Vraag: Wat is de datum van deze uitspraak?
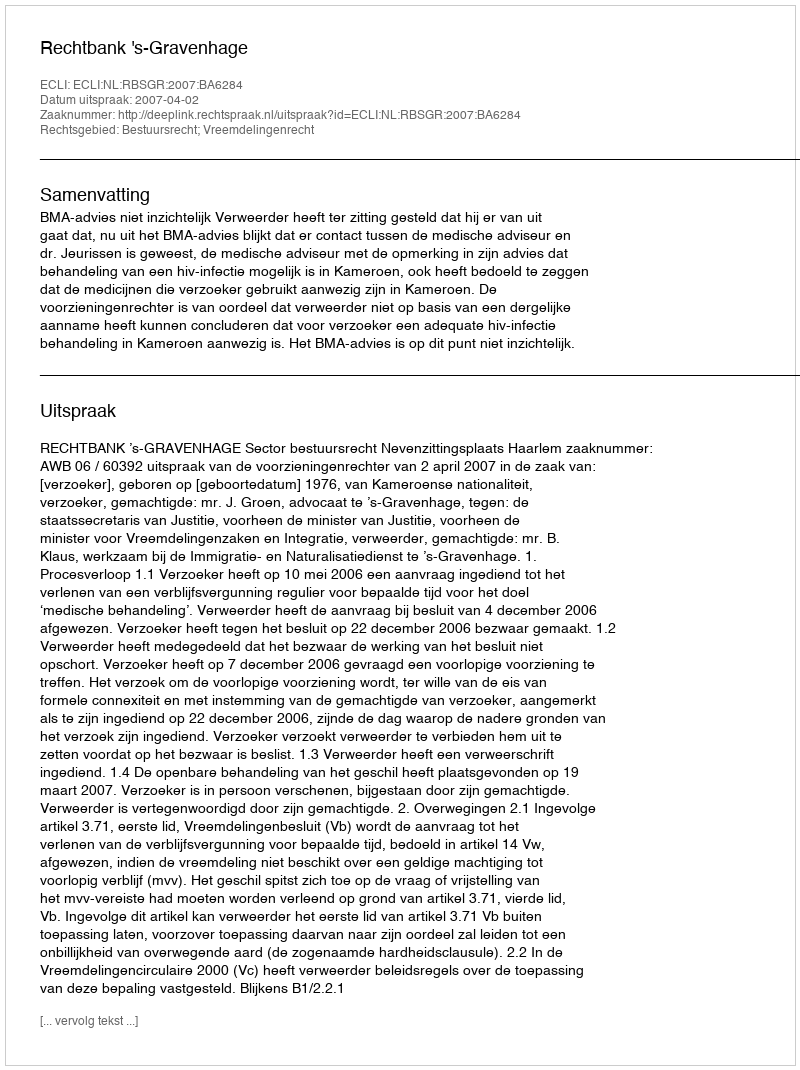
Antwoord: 2007-04-02